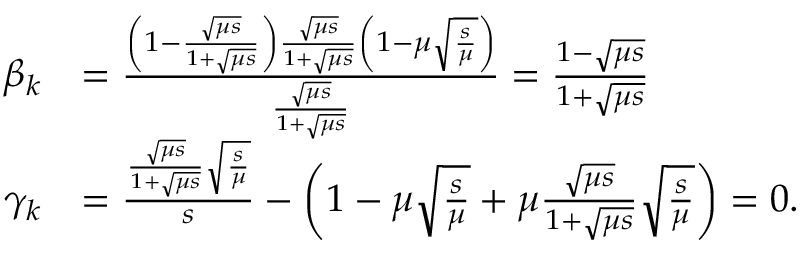
\begin{array} { r l } { \beta _ { k } } & { = \frac { \left( 1 - \frac { \sqrt { \mu s } } { 1 + \sqrt { \mu s } } \right) \frac { \sqrt { \mu s } } { 1 + \sqrt { \mu s } } \left( 1 - \mu \sqrt { \frac { s } { \mu } } \right) } { \frac { \sqrt { \mu s } } { 1 + \sqrt { \mu s } } } = \frac { 1 - \sqrt { \mu s } } { 1 + \sqrt { \mu s } } } \\ { \gamma _ { k } } & { = \frac { \frac { \sqrt { \mu s } } { 1 + \sqrt { \mu s } } \sqrt { \frac { s } { \mu } } } { s } - \left( 1 - \mu \sqrt { \frac { s } { \mu } } + \mu \frac { \sqrt { \mu s } } { 1 + \sqrt { \mu s } } \sqrt { \frac { s } { \mu } } \right) = 0 . } \end{array}